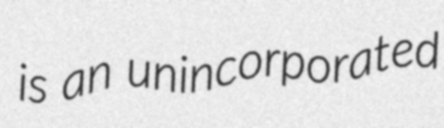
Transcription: is an unincorporated